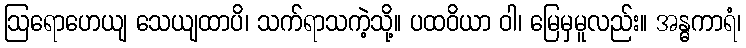
ဩရောဟေယျ သေယျထာပိ၊ သက်ရာသကဲ့သို့။ ပထဝိယာ ဝါ၊ မြေမှမူလည်း။ အန္ဓကာရံ၊